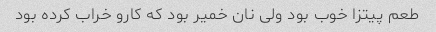
طعم پیتزا خوب بود ولی نان خمیر بود که کارو خراب کرده بود